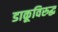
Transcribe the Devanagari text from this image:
डाकूविरुद्ध